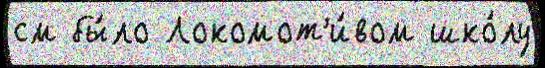
см бы́ло Локомот'и́вом шко́лу